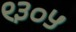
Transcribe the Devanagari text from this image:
९३०५